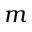
m